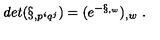
d e t ( \S _ { , p ^ { i } q ^ { j } } ) = ( e ^ { - \S _ { , w } } ) _ { , w } \ .